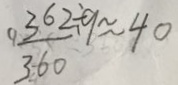
\frac { 3 6 2 } { 3 6 0 } \div 9 \approx 4 0